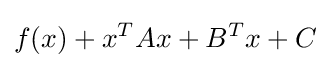
f(x)+x^{T}Ax+B^{T}x+C